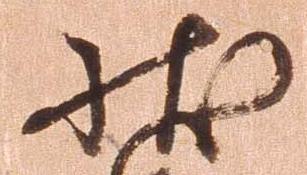
状